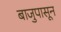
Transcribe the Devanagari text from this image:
बाजुपासून